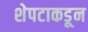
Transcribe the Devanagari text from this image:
शेपटाकडून